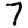
Digit: 7